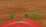
أواعده